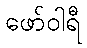
ဖော်ဝါရီ